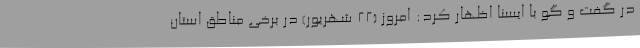
در گفت و گو با ایسنا اظهار کرد: امروز (22 شهریور) در برخی مناطق استان